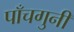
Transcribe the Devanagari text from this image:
पाँचगुनी